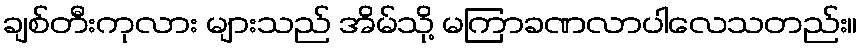
ချစ်တီးကုလား များသည် အိမ်သို့ မကြာခဏလာပါလေသတည်း။